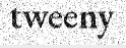
tweeny